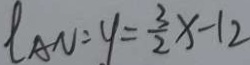
t A N : y = \frac { 3 } { 2 } x - 1 2